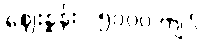
ဈေးနှုန်း - ၅၀၀၀ ကျပ်